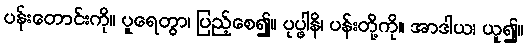
ပန်းတောင်းကို။ ပူရေတွာ၊ ပြည့်စေ၍။ ပုပ္ဖါနိ၊ ပန်းတို့ကို။ အာဒါယ၊ ယူ၍။